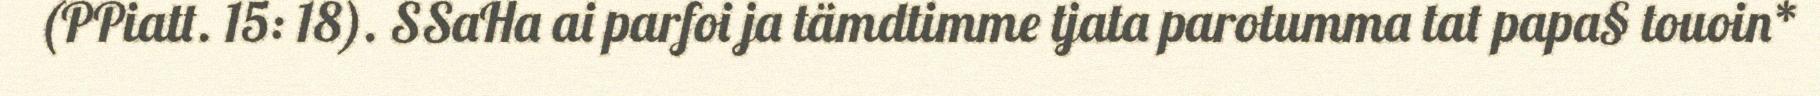
(PPiatt. 15: 18). SSaHa ai parfoi ja tämdtimme tjata parotumma tat papa§ touoin*